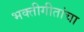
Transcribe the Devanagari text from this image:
भक्तीगीतांचा